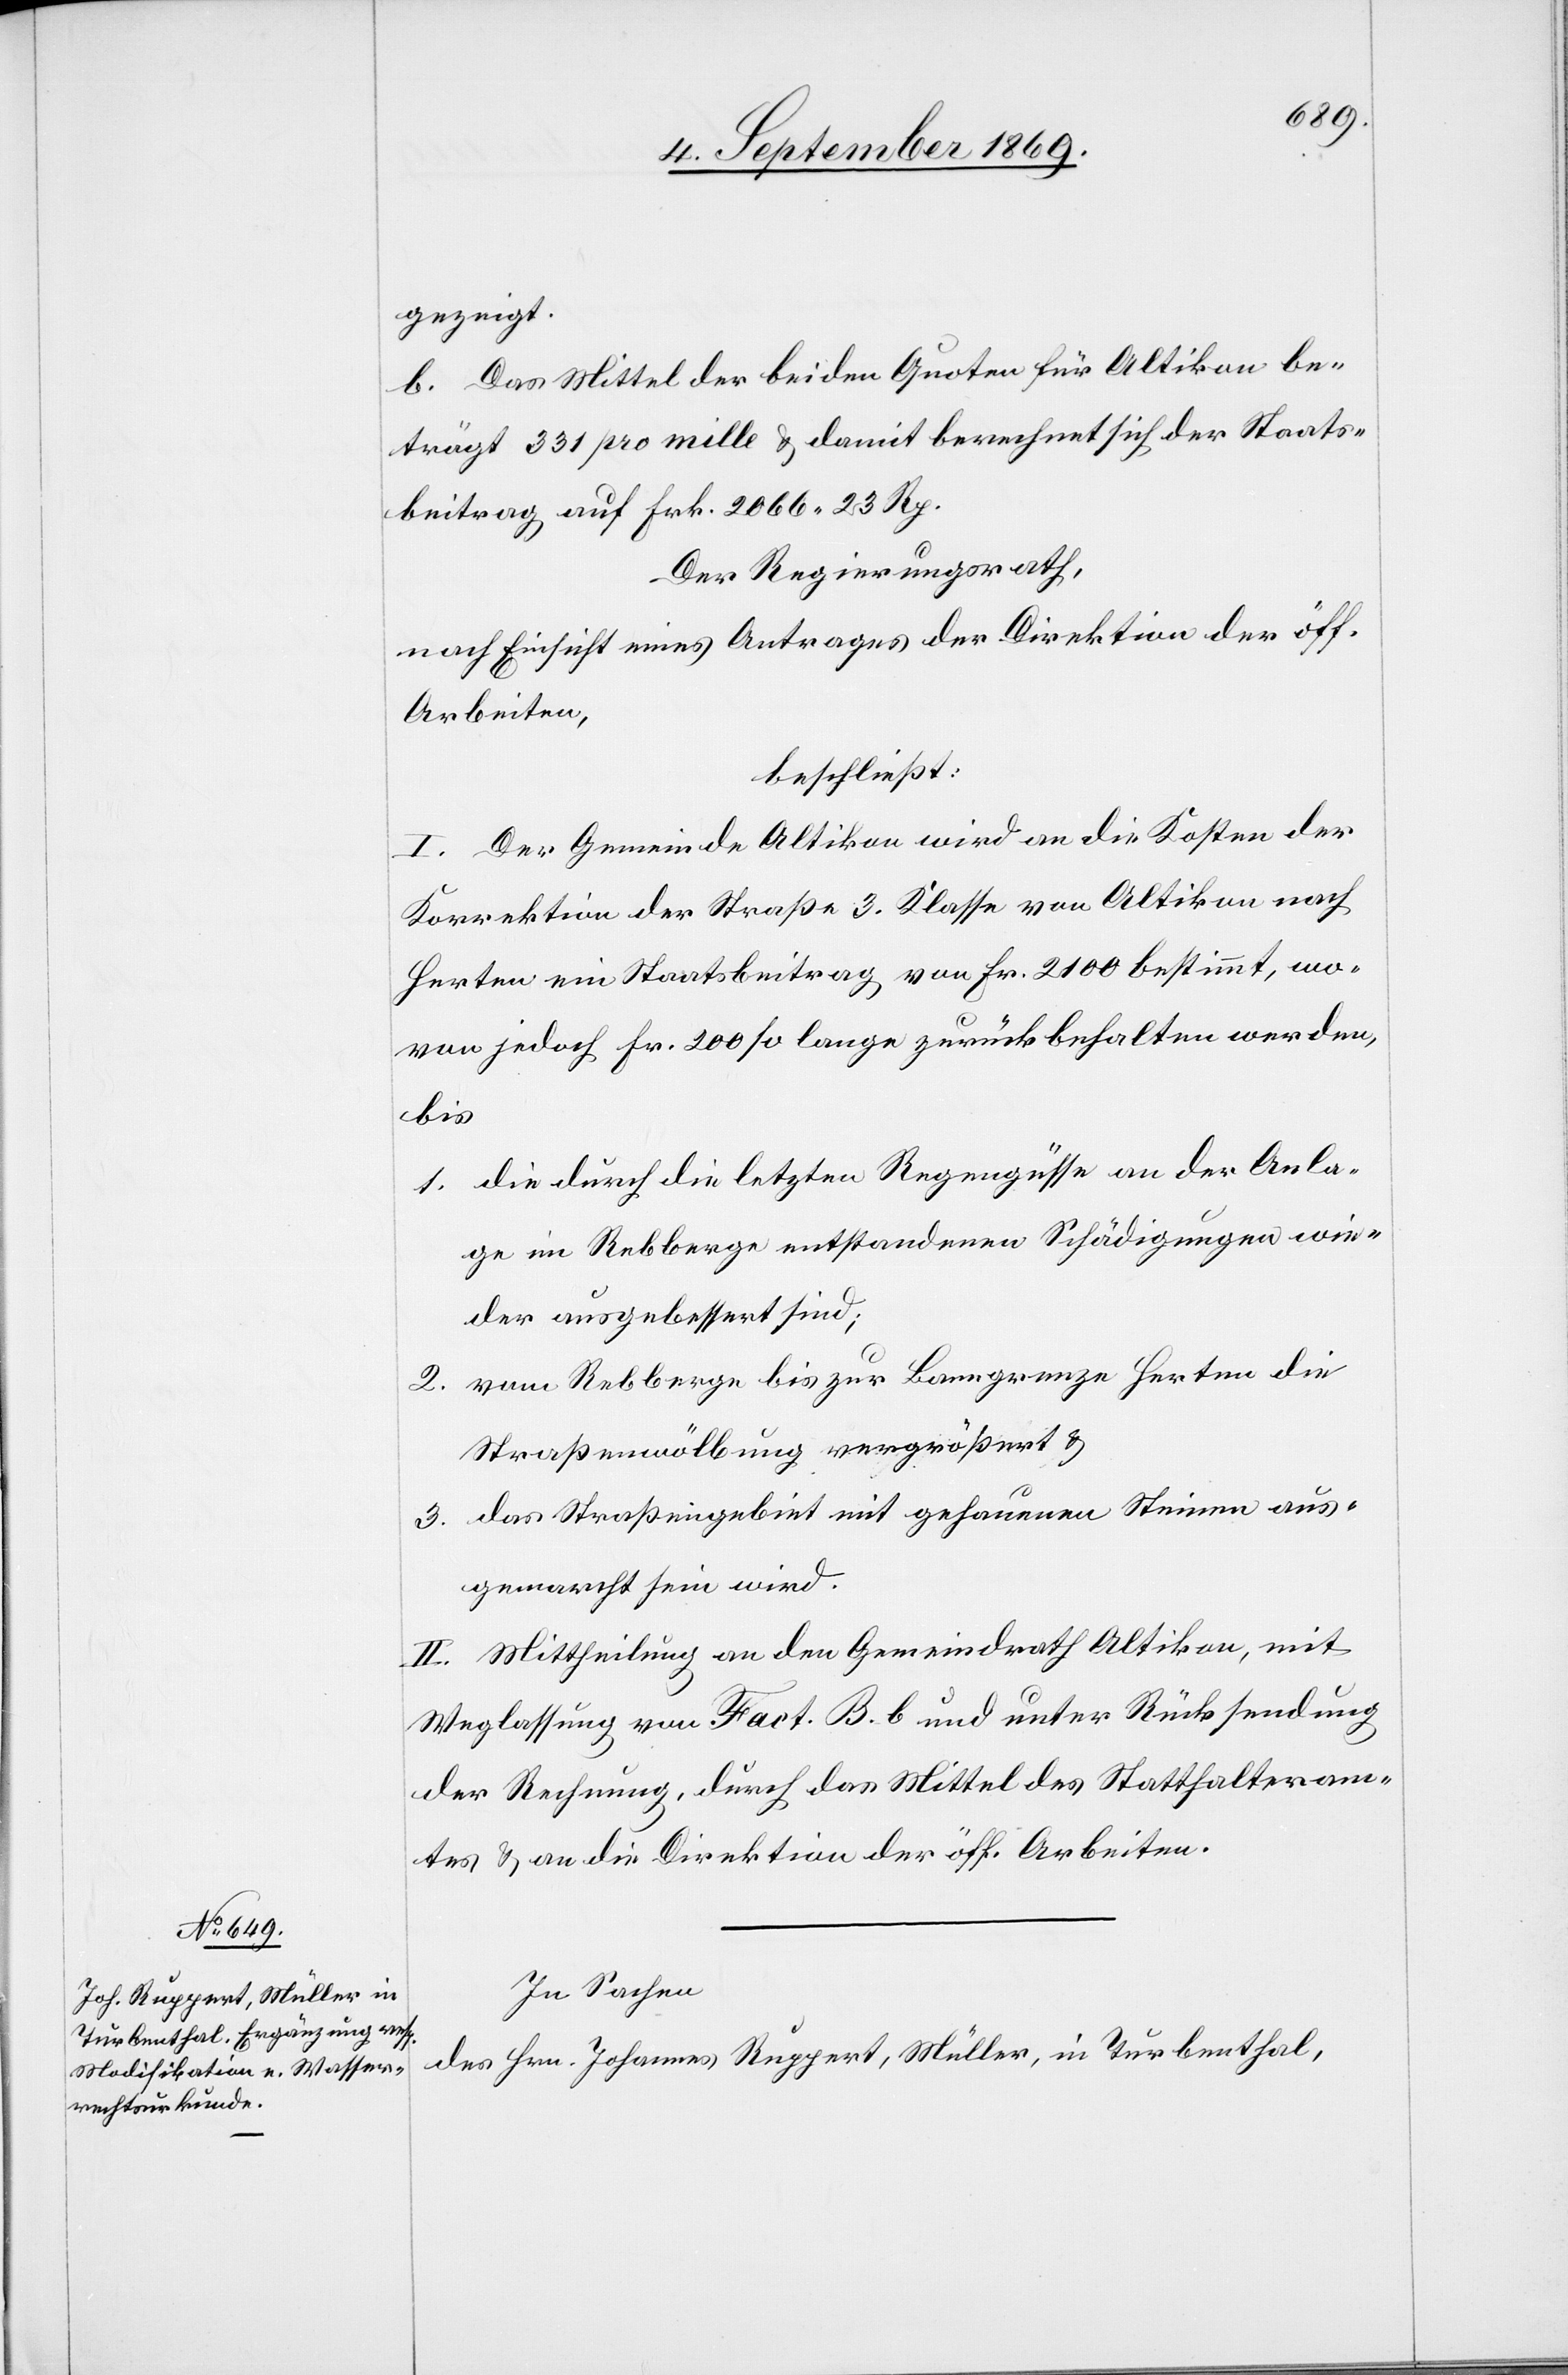
gezeigt.
b. Das Mittel der beiden Quoten für Altikon be¬
trägt 331 pro mille & damit berechnet sich der Staats¬
beitrag auf Frk. 2066 23 Rp.
Der Regierungsrath,
nach Einsicht eines Antrages der Direktion der öff.
Arbeiten,
beschließt:
I. Der Gemeinde Altikon wird an die Kosten der
Korrektion der Straße 3. Klasse von Altikon nach
Herten ein Staatsbeitrag von Fr. 2100 bestimmt, wo¬
von jedoch Fr. 200 so lange zurückbehalten werden,
bis
1. die durch die letzten Regengüsse an der Anla¬
ge im Rebberge entstandenen Schädigungen wie¬
der ausgebessert sind;
2. vom Rebberge bis zur Banngrenze Herten die
Straßenwölbung vergrößert &
das Straßengebiet mit gehauenen Steinen aus¬
3.
gemarcht sein wird.
II. Mittheilung an den Gemeindrath Altikon, mit
Weglassung von Fact. B. b und unter Rücksendung
der Rechnung, durch das Mittel des Statthalteram¬
tes & an die Direktion der öff. Arbeiten.
In Sachen
des Hrn. Johannes Ruppert, Müller, in Turbenthal,